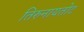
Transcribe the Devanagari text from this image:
तिरुनायतोट